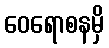
ဝေရောစနမှိ